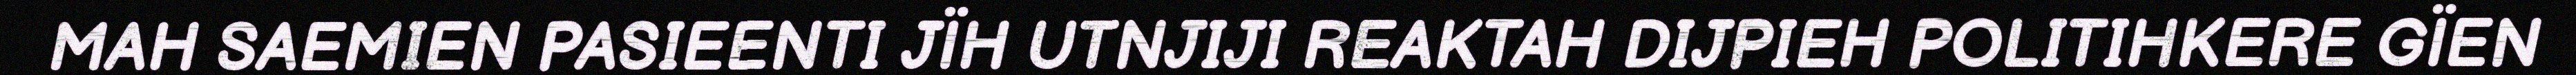
MAH SAEMIEN PASIEENTI JÏH UTNJIJI REAKTAH DIJPIEH POLITIHKERE GÏEN